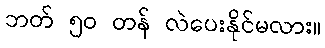
ဘတ် ၅၀ တန် လဲပေးနိုင်မလား။